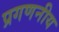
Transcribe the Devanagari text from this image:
प्रगणनीय